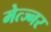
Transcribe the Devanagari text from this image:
मेत्ज्नर